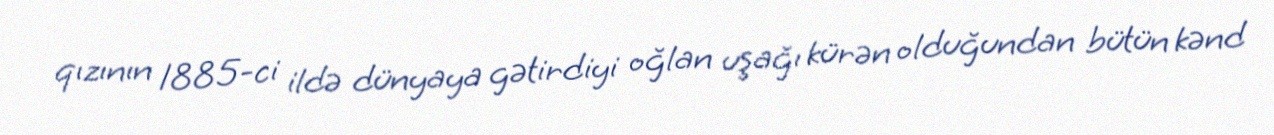
qızının 1885-ci ildə dünyaya gətirdiyi oğlan uşağı kürən olduğundan bütün kənd